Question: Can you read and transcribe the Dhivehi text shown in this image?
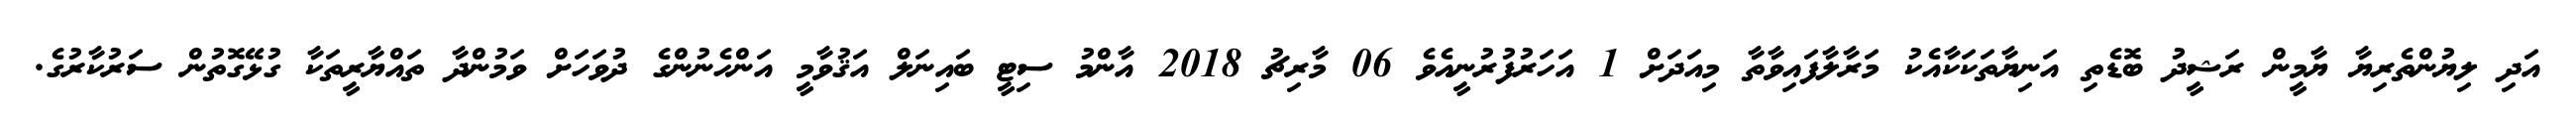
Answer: އަދި ލިޔުންތެރިޔާ ޔާމީން ރަޝީދު ބޮޑެތި އަނިޔާތަކަކާއެކު މަރާލާފައިވާތާ މިއަދަށް 1 އަހަރުފުރުނީއެވެ 06 މާރިޗު 2018 އާންމު ސިޓީ ބައިނަލް އަޤުވާމީ އަންހެނުންގެ ދުވަހަށް ވަމުންދާ ތައްޔާރީތަކާ ގުޅޭގޮތުން ސަރުކާރުގެ.